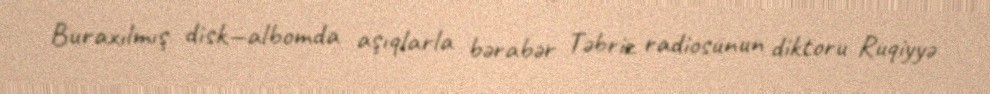
Buraxılmış disk—albomda aşıqlarla bərabər Təbriz radiosunun diktoru Ruqiyyə